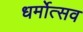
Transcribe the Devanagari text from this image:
धर्मोत्सव